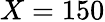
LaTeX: X=150